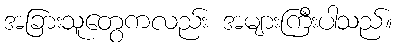
အခြားသူတွေကလည်း အများကြီးပါသည်။